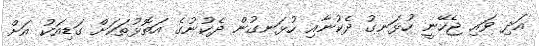
އަދި ވައި ޖެހޭނީ ހުޅަނގު ދެކުނާއި ހުޅަނގުން ދެކުނުގެ އަތޮޅުތަކަށް ގަޑިއަކު އަށް